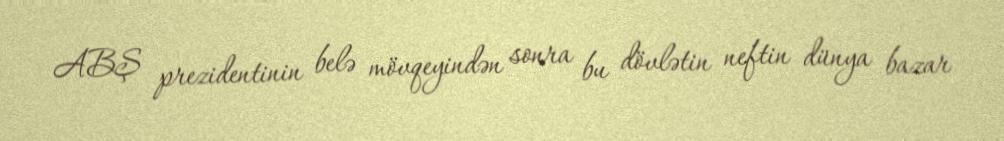
ABŞ prezidentinin belə mövqeyindən sonra bu dövlətin neftin dünya bazar